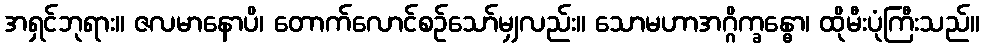
အရှင်ဘုရား။ ဇလမာနောပိ၊ တောက်လောင်စဉ်သော်မျှလည်း။ သောမဟာအဂ္ဂိက္ခန္ဓော၊ ထိုမီးပုံကြီးသည်။